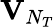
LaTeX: {\mathbf{V}}_{N_{T}}